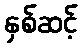
နှစ်ဆင့်